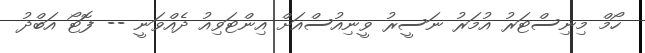
ހޯމް މިނިސްޓަރު އުމަރު ނަސީރު ވީނިއުސްއަށް އިންޓަވިއު ދެއްވަނީ -- ފޮޓޯ އަބްދު